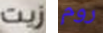
زيت روم